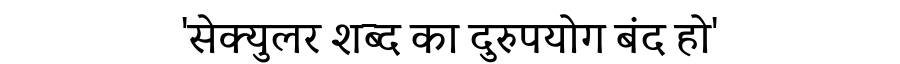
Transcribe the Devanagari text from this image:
'सेक्युलर शब्द का दुरुपयोग बंद हो'